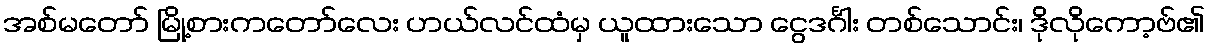
အစ်မတော် မြို့စားကတော်လေး ဟယ်လင်ထံမှ ယူထားသော ငွေဒင်္ဂါး တစ်သောင်း၊ ဒိုလိုကော့ဗ်၏